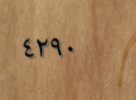
٤٢٩٠